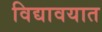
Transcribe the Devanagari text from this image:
विद्यावयात